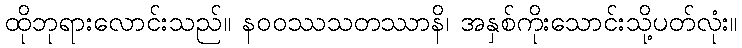
ထိုဘုရားလောင်းသည်။ နဝဝဿသတဿာနိ၊ အနှစ်ကိုးသောင်းသို့ပတ်လုံး။